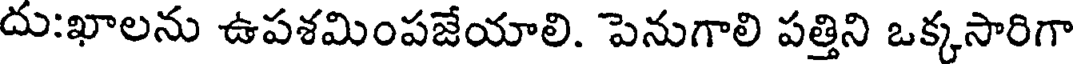
దు:ఖాలను ఉపశమింపజేయాలి. పెనుగాలి పత్తిని ఒక్కసారిగా